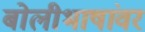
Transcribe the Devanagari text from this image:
बोलीभाषांवर